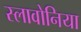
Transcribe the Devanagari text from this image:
स्लावोनिया